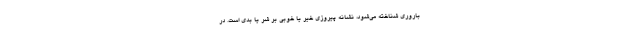
باروری شناخته می‌شود، نشانه پیروزی خیر یا خوبی بر شر یا بدی است. در